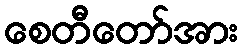
စေတီတော်အား